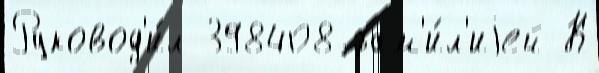
Руковод'и́л 398408 фам'и́л'иjей К